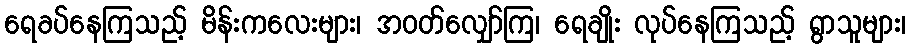
ရေခပ်နေကြသည့် မိန်းကလေးများ၊ အဝတ်လျှော်ကြ၊ ရေချိုး လုပ်နေကြသည့် ရွာသူများ၊